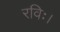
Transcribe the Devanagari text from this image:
रविः।